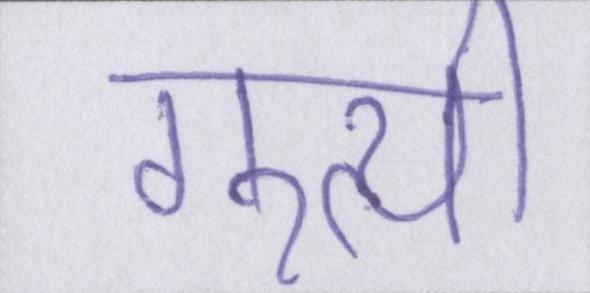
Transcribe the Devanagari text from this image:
गुत्थी